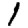
Digit: 1